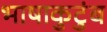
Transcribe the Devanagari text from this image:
भाषाकुटुंब